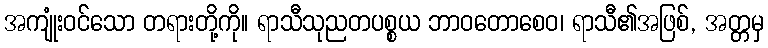
အကျုံးဝင်သော တရားတို့ကို။ ရာသီသုညတပစ္စယ ဘာဝတောစေဝ၊ ရာသီ၏အဖြစ်, အတ္တမှ